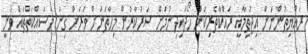
ރައްޔިތުންނަށް އިޖުތިމާއީ ރައްކާތެރިކަން ހޯދައިދިނުމަށް ސަރުކާރުން މިހާތަނަށް ވަރަށް ގިނަ މަސައްކަތްތައް ވަނީ